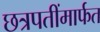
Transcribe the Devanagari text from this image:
छत्रपतींमार्फत